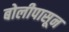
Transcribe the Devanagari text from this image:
बोलीपासून